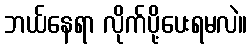
ဘယ်နေရာ လိုက်ပို့ပေးရမလဲ။